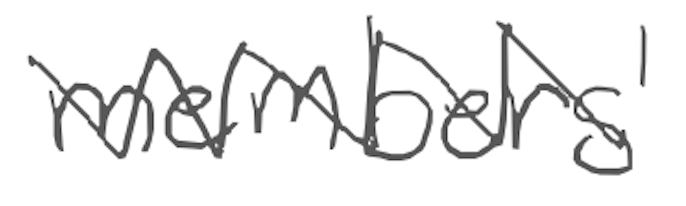
Text: members'
Cross-out: zig-zag
Writing tool: digital_gray